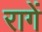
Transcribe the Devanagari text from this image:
रागें